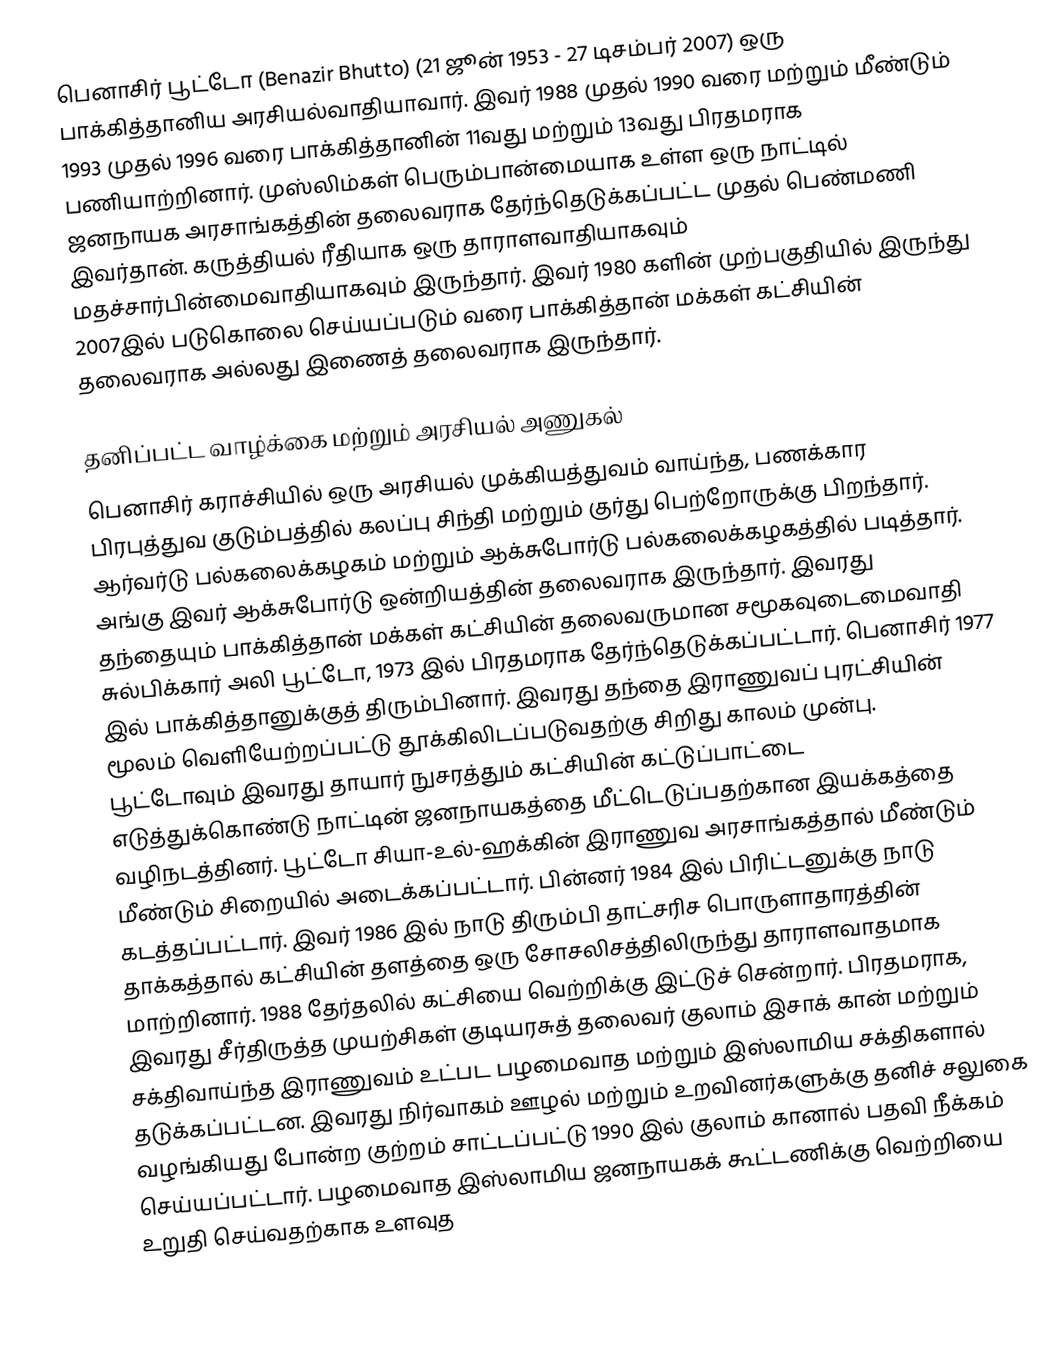
பெனாசிர் பூட்டோ (Benazir Bhutto) (21 ஜூன் 1953 - 27 டிசம்பர் 2007) ஒரு பாக்கித்தானிய அரசியல்வாதியாவார். இவர் 1988 முதல் 1990 வரை மற்றும் மீண்டும் 1993 முதல் 1996 வரை பாக்கித்தானின் 11வது மற்றும் 13வது பிரதமராக பணியாற்றினார். முஸ்லிம்கள் பெரும்பான்மையாக உள்ள ஒரு நாட்டில் ஜனநாயக அரசாங்கத்தின் தலைவராக தேர்ந்தெடுக்கப்பட்ட முதல் பெண்மணி இவர்தான். கருத்தியல் ரீதியாக ஒரு தாராளவாதியாகவும் மதச்சார்பின்மைவாதியாகவும் இருந்தார். இவர் 1980 களின் முற்பகுதியில் இருந்து 2007இல் படுகொலை செய்யப்படும் வரை பாக்கித்தான் மக்கள் கட்சியின் தலைவராக அல்லது இணைத் தலைவராக இருந்தார்.

தனிப்பட்ட வாழ்க்கை மற்றும் அரசியல் அணுகல்
பெனாசிர் கராச்சியில் ஒரு அரசியல் முக்கியத்துவம் வாய்ந்த, பணக்கார பிரபுத்துவ குடும்பத்தில் கலப்பு சிந்தி மற்றும் குர்து பெற்றோருக்கு பிறந்தார். ஆர்வர்டு பல்கலைக்கழகம் மற்றும் ஆக்சுபோர்டு பல்கலைக்கழகத்தில் படித்தார்.  அங்கு இவர் ஆக்சுபோர்டு ஒன்றியத்தின் தலைவராக இருந்தார். இவரது தந்தையும் பாக்கித்தான் மக்கள் கட்சியின் தலைவருமான சமூகவுடைமைவாதி சுல்பிக்கார் அலி பூட்டோ, 1973 இல் பிரதமராக தேர்ந்தெடுக்கப்பட்டார். பெனாசிர் 1977 இல் பாக்கித்தானுக்குத் திரும்பினார். இவரது தந்தை இராணுவப் புரட்சியின் மூலம் வெளியேற்றப்பட்டு தூக்கிலிடப்படுவதற்கு சிறிது காலம் முன்பு. பூட்டோவும் இவரது தாயார் நுசரத்தும் கட்சியின் கட்டுப்பாட்டை எடுத்துக்கொண்டு நாட்டின் ஜனநாயகத்தை மீட்டெடுப்பதற்கான இயக்கத்தை வழிநடத்தினர். பூட்டோ சியா-உல்-ஹக்கின் இராணுவ அரசாங்கத்தால் மீண்டும் மீண்டும் சிறையில் அடைக்கப்பட்டார். பின்னர் 1984 இல் பிரிட்டனுக்கு நாடு கடத்தப்பட்டார். இவர் 1986 இல் நாடு திரும்பி தாட்சரிச பொருளாதாரத்தின் தாக்கத்தால் கட்சியின் தளத்தை ஒரு சோசலிசத்திலிருந்து தாராளவாதமாக மாற்றினார். 1988 தேர்தலில் கட்சியை வெற்றிக்கு இட்டுச் சென்றார். பிரதமராக, இவரது சீர்திருத்த முயற்சிகள் குடியரசுத் தலைவர் குலாம் இசாக் கான் மற்றும் சக்திவாய்ந்த இராணுவம் உட்பட பழமைவாத மற்றும் இஸ்லாமிய சக்திகளால் தடுக்கப்பட்டன. இவரது நிர்வாகம் ஊழல் மற்றும் உறவினர்களுக்கு தனிச் சலுகை வழங்கியது போன்ற குற்றம் சாட்டப்பட்டு 1990 இல் குலாம் கானால் பதவி நீக்கம் செய்யப்பட்டார். பழமைவாத இஸ்லாமிய ஜனநாயகக் கூட்டணிக்கு வெற்றியை உறுதி செய்வதற்காக உளவுத